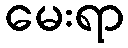
မေးရာ